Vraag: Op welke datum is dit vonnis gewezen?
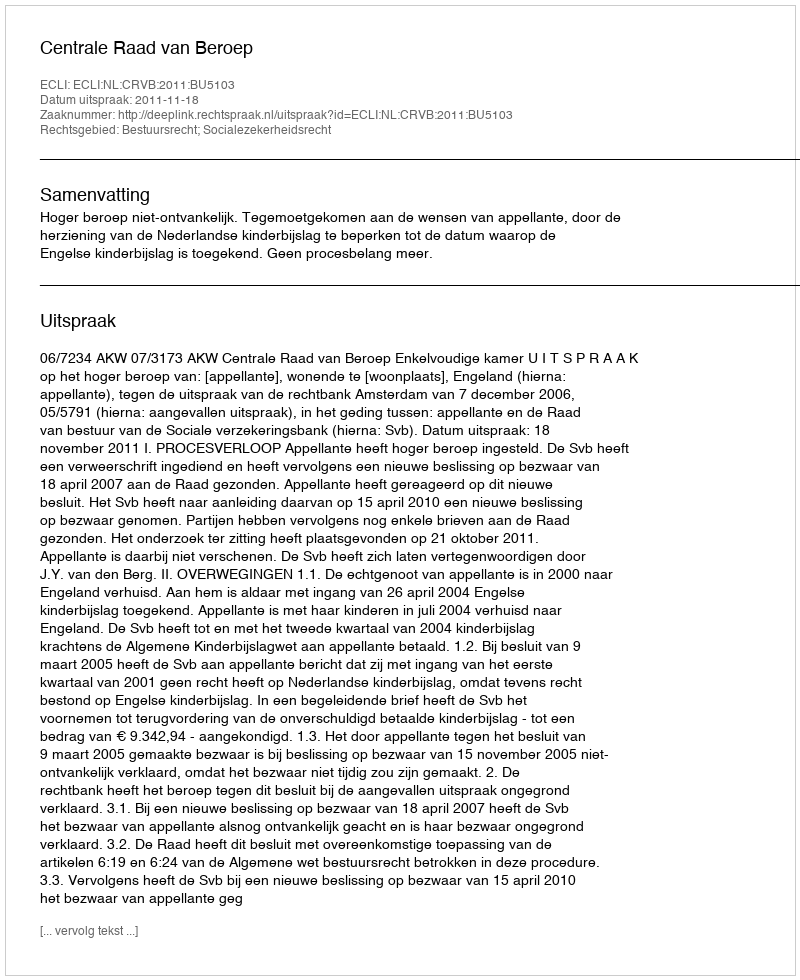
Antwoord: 2011-11-18